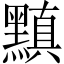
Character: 黰